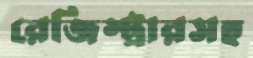
রেজিস্ট্রারসহ